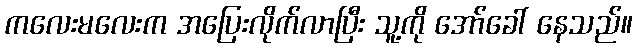
ကလေးမလေးက အပြေးလိုက်လာပြီး သူ့ကို အော်ခေါ် နေသည်။